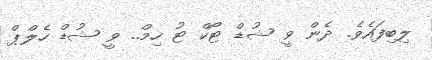
ލިބިފައެވެ. ދެން ވީ ޝުޑް ޓޯކް ޓު ހިމް.. ވީ ޝުޑް ހެލްޕް